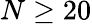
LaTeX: N\geq 20